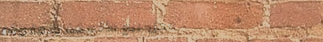
محل بيع الأقمشة والمفروشا